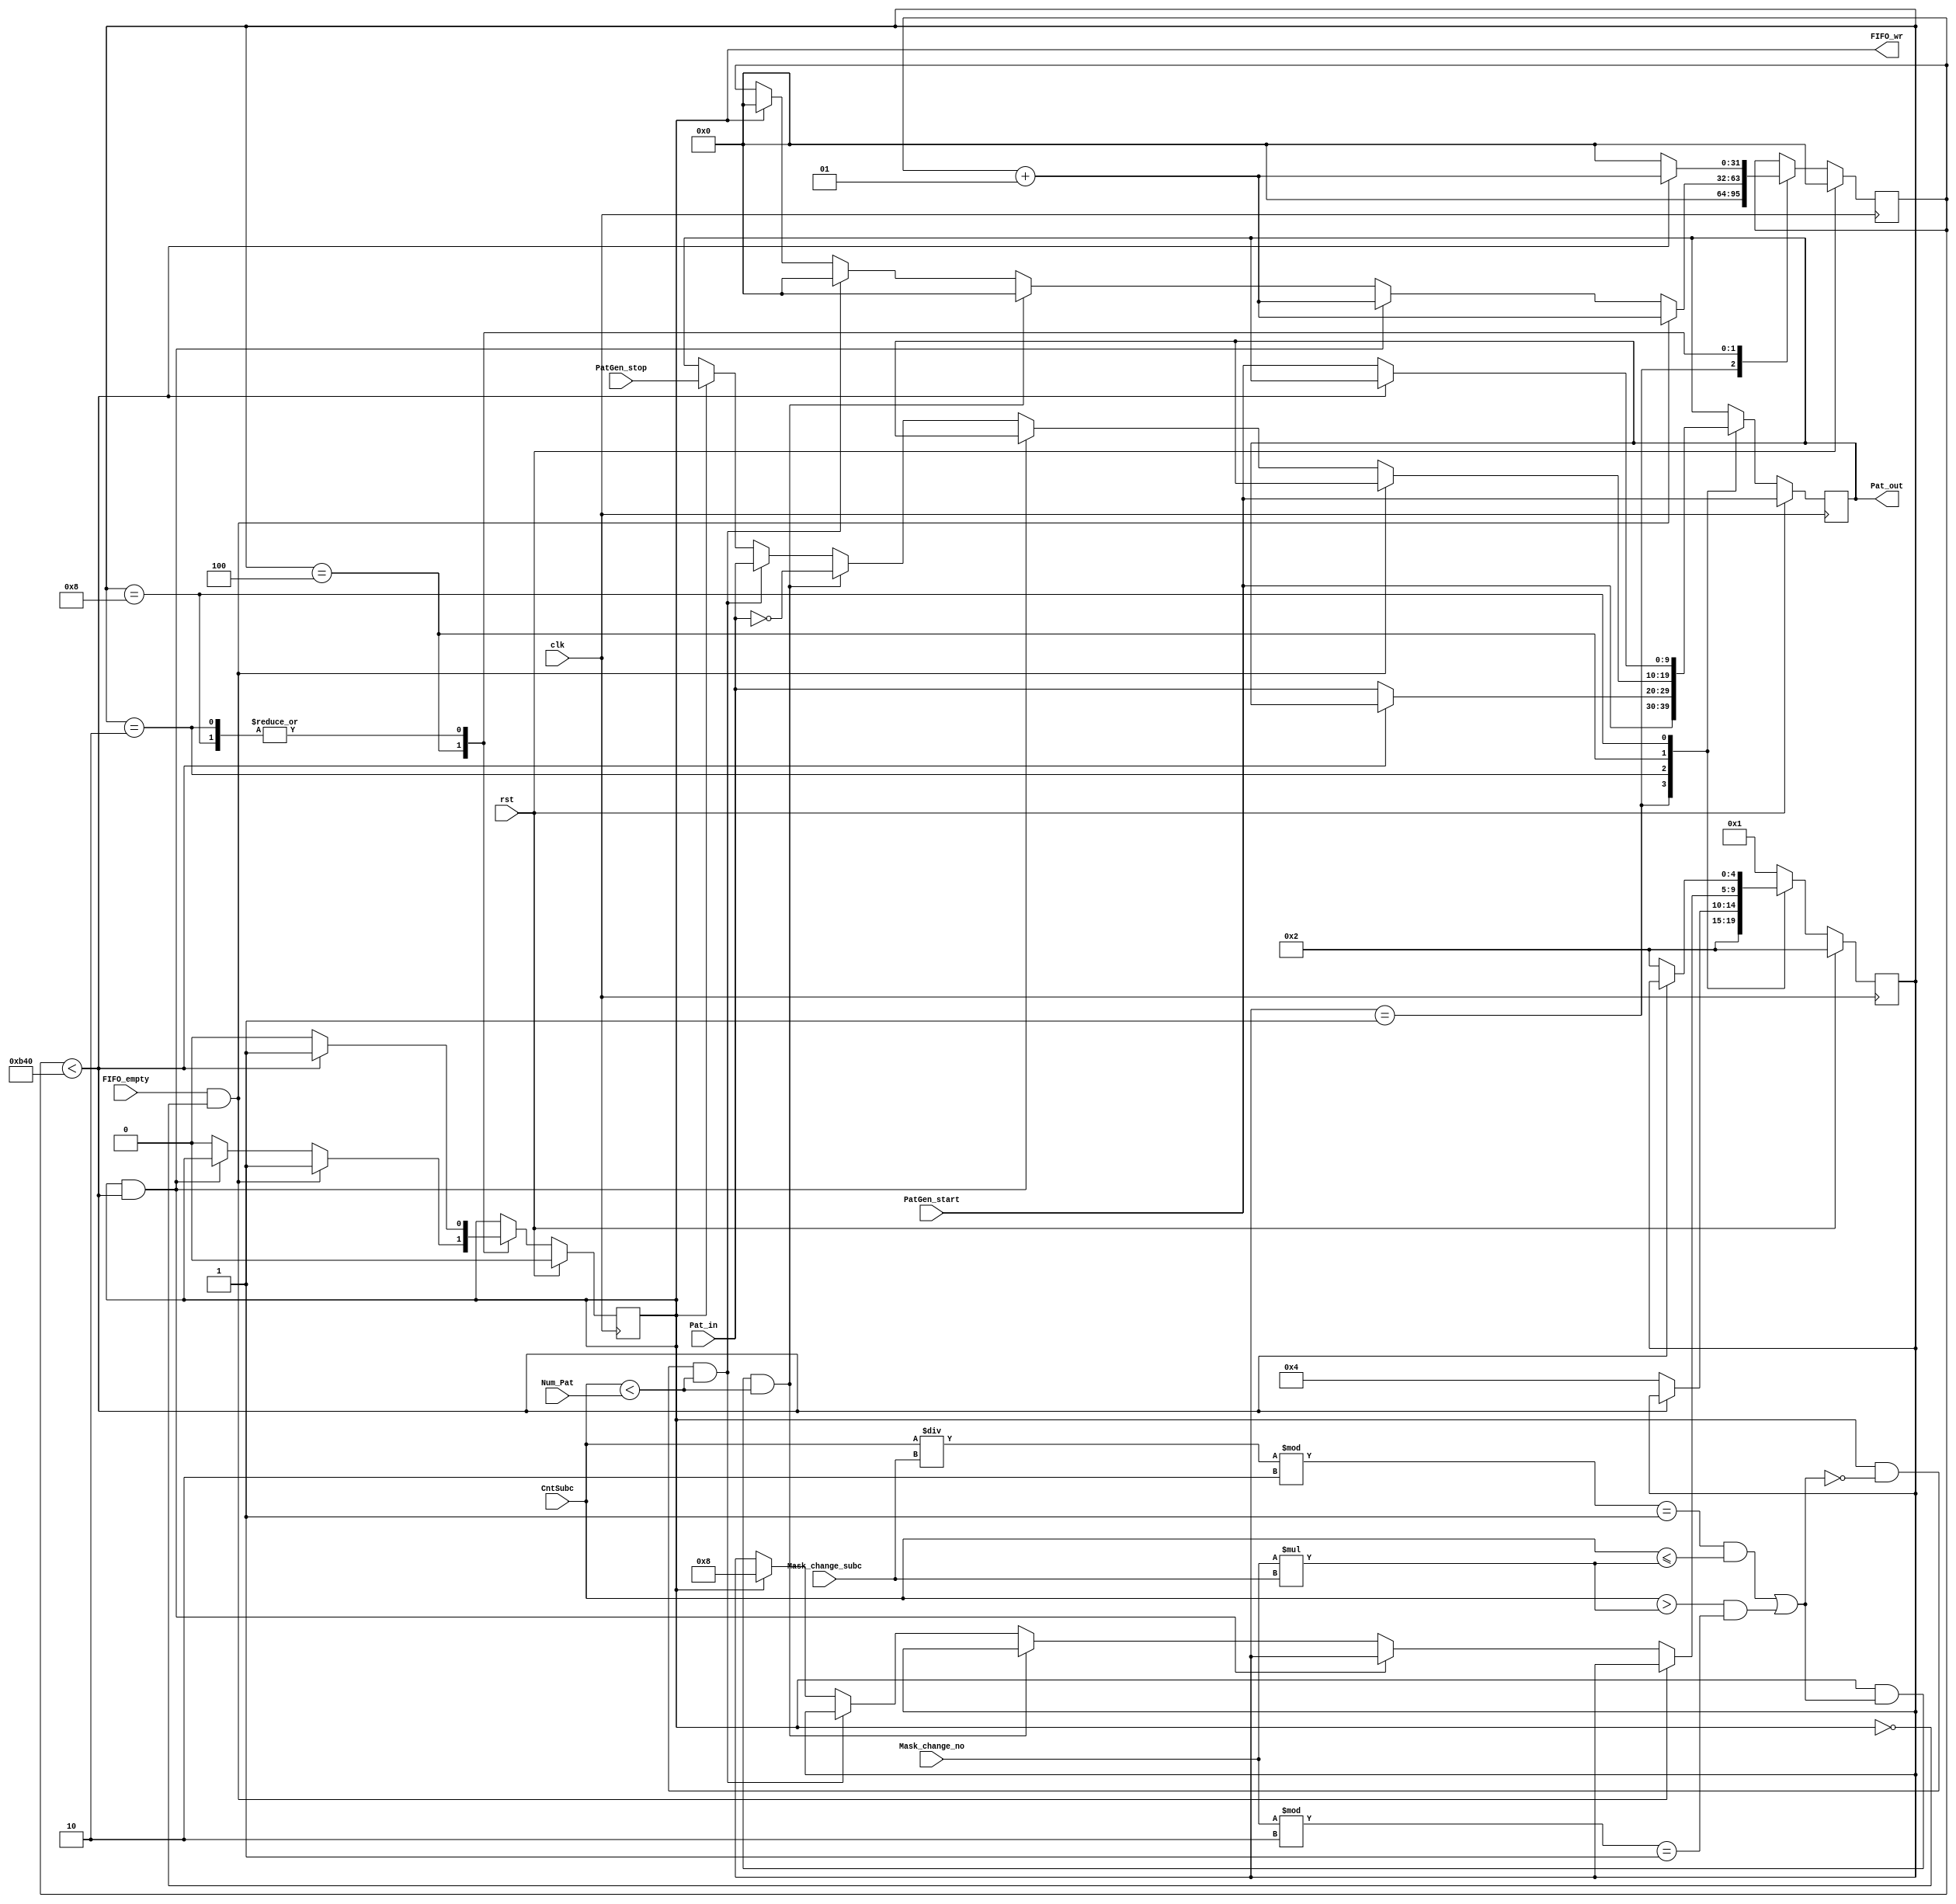
`timescale 1ns / 1ps
//////////////////////////////////////////////////////////////////////////////////
// Company: 
// Engineer: 
// 
// Design Name: 
// Module Name:    pattern_gen 
// Project Name: 
// Target Devices: 
// Tool versions: 
// Description: 
//
// Dependencies: 
//
// Revision: 
// Revision 0.01 - File Created
// Additional Comments: 
//
//////////////////////////////////////////////////////////////////////////////////
module pattern_gen(
	input rst,
	input clk,
	input [9:0] Pat_in,
	input [9:0] PatGen_start,
	input [9:0] PatGen_stop,
	input [31:0] Num_Pat,			// Number of patterns applied to the imager.
	input [31:0] CntSubc,
	// input FSMIND0,					// If high, the Exposure FSM (on OK) is active
	input FIFO_empty,
	input [31:0] Mask_change_subc,	// Pattern change after Mask_change_subc subscenes
	input [31:0] Mask_change_no,	// Number of Pattern chages
	output reg FIFO_wr,
	output [9:0] Pat_out
	);
	
// -- Parameters
	parameter S_init = 5'b00001;
	parameter S_subc_first = 5'b00010;	// state of the pattern generation of the first scence (unexposed)
	parameter S_subc_pats = 5'b00100;	// state of the exposed pattern generations
	parameter S_subc_last = 5'b01000;	// state of the pattern generation of the last scene (unexposed)
	parameter C_NUM_ROWS = 160;			// Number of pixel rows in the sensor
	parameter Pat_all1 = 10'b1111111111;
	parameter Pat_Blank = 10'b0;

//----------------------------------------------------------------------------
// Implementation
//----------------------------------------------------------------------------

	reg [9:0] Pat_i;
	//reg [9:0] Pat_cur;
	integer cntPat;
	wire subc_inv;

	initial	begin
		Pat_i <= Pat_all1;
		FIFO_wr <= 0;
	end


   (* FSM_ENCODING="ONE-HOT", SAFE_IMPLEMENTATION="YES", SAFE_RECOVERY_STATE="S_subc_first" *) reg [4:0] state = S_init;

   always@(negedge clk)
      if (rst) begin
         state <= S_subc_first;
		 FIFO_wr <= 0;
		 cntPat <= 0;
		 Pat_i <= PatGen_start;
      end
      else
         (* PARALLEL_CASE *) case (state)
            S_init : begin
				Pat_i <= PatGen_start;
				state <= S_subc_first;
				cntPat <= 0;
            end
            S_subc_first : begin
				if(cntPat < C_NUM_ROWS*18) begin
					FIFO_wr <= 1;
					cntPat <= cntPat + 1;
				end else begin
					FIFO_wr <= 0;
					cntPat <= 0;
					Pat_i <= Pat_in;
					state <= S_subc_pats;
				end
				end
            S_subc_pats : begin
				if (FIFO_empty && ~FIFO_wr) begin
					FIFO_wr <= 1;
					cntPat <= cntPat + 1;
				end else if (FIFO_wr && cntPat < C_NUM_ROWS*18) begin
					cntPat <= cntPat + 1;
				end else if (FIFO_wr && subc_inv && CntSubc < Num_Pat) begin
					Pat_i <= ~Pat_in;
					FIFO_wr <= 0;
					cntPat <= 0;
				end else if (FIFO_wr && ~subc_inv && CntSubc < Num_Pat) begin
					Pat_i <= Pat_in;
					FIFO_wr <= 0;
					cntPat <= 0;
				end else if (FIFO_wr) begin
					FIFO_wr <= 0;
					cntPat <= 0;
					Pat_i <= PatGen_stop;
					state <= S_subc_last;
				end
            end
            S_subc_last : begin
				if (cntPat < C_NUM_ROWS*18) begin
					FIFO_wr <= 1;
					cntPat <= cntPat + 1;
				end else begin
					FIFO_wr <= 0;
					cntPat <= 0;
					Pat_i <= PatGen_start;
					state <= S_subc_first;
				end
            end
            default : begin  // Fault Recovery
               state <= S_init;
            end   
         endcase

	assign Pat_out = Pat_i;
	
	assign subc_inv = (((CntSubc/Mask_change_subc)%2==1) && (CntSubc <= Mask_change_no*Mask_change_subc))||((CntSubc > Mask_change_no*Mask_change_subc)&&(Mask_change_no%2==1));

endmodule